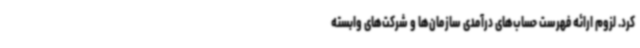
کرد. لزوم ارائه فهرست حساب‌های درآمدی سازمان‌ها و شرکت‌های وابسته